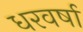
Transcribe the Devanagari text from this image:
धरवर्षा